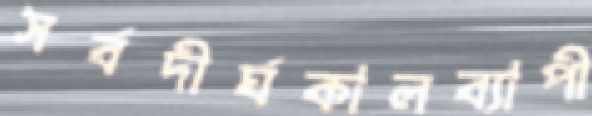
সর্বদীর্ঘকালব্যাপী